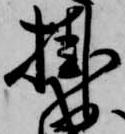
掛